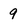
Character: 9